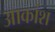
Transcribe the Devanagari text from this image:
आकांश